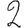
Digit: 2